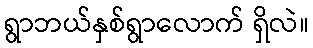
ရွာဘယ်နှစ်ရွာလောက် ရှိလဲ။